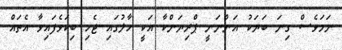
ނަމަވެސް ގިނަ ބަޔަކު އަންނަނީ ޕްރިޔަންކާ އަކީ ހާލުގައި ޖެހި ބިކަވެފައިވާ އެތައް